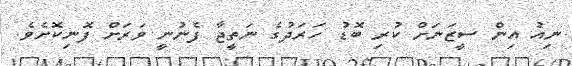
ނިއު އިން ސީޒަނަށް ކުރި ބޮޑު ހަރަދުގެ ނަތީޖާ ފެނުނީ ވަރަށް ފޮނިކޮށެވެ.